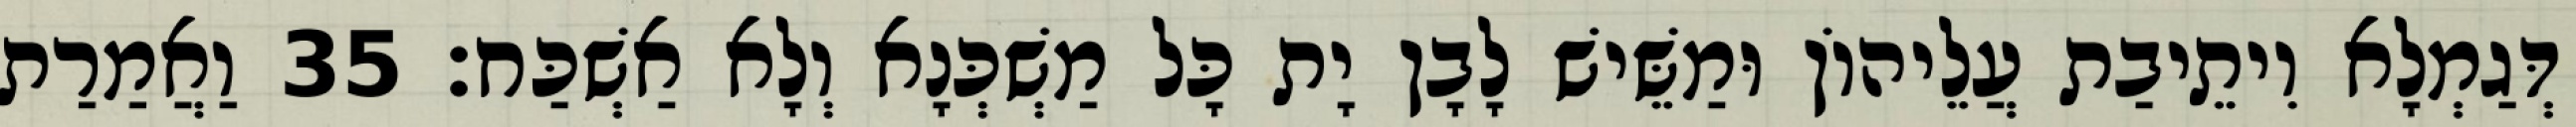
דְּגַמְלָא וִיתֵיבַת עֲלֵיהוֹן וּמַשֵּׁישׁ לָבָן יָת כָּל מַשְׁכְּנָא וְלָא אַשְׁכַּח׃ 35 וַאֲמַרַת